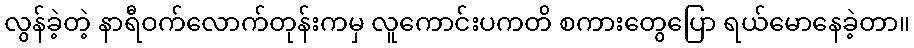
လွန်ခဲ့တဲ့ နာရီဝက်လောက်တုန်းကမှ လူကောင်းပကတိ စကားတွေပြော ရယ်မောနေခဲ့တာ။